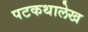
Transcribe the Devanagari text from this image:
पटकथालेख